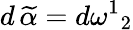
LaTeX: d\, \widetilde{\alpha}=d\omega^{1}{}_{2}